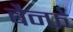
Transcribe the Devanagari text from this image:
बैन्फे